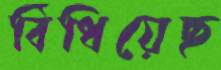
বিঁধিয়েছ